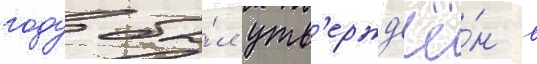
году бы́л утв'ержд'ё́н в